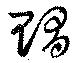
賵